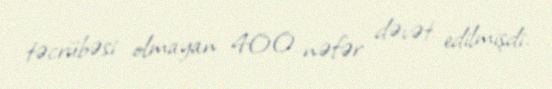
təcrübəsi olmayan 400 nəfər dəvət edilmişdi.